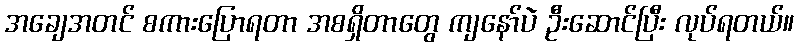
အချေအတင် စကားပြောရတာ အစရှိတာတွေ ကျနော်ပဲ ဦးဆောင်ပြီး လုပ်ရတယ်။